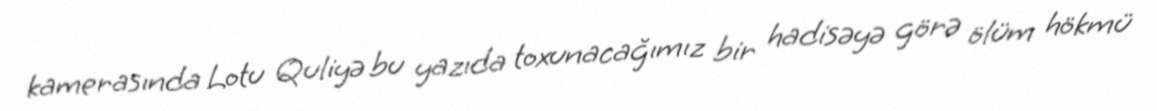
kamerasında Lotu Quliyə bu yazıda toxunacağımız bir hadisəyə görə ölüm hökmü